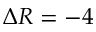
\Delta R = - 4